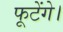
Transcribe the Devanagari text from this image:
फूटेंगे।